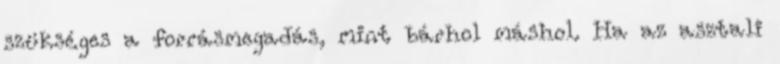
szükséges a forrásmegadás, mint bárhol máshol. Ha az asztali